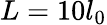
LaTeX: L=10l_{0}